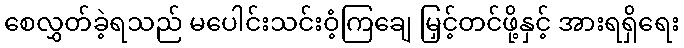
စေလွှတ်ခဲ့ရသည် မပေါင်းသင်းဝံ့ကြချေ မြှင့်တင်ဖို့နှင့် အားရရှိရေး